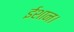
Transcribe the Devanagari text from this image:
ईशान।